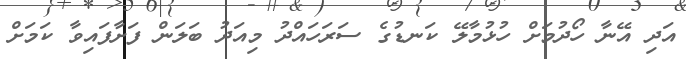
އަދި އޭނާ ހޯދުމަށް ހުޅުމާލޭ ކަނޑުގެ ސަރަހައްދު މިއަދު ބަލަން ފަށާފައިވާ ކަމަށް